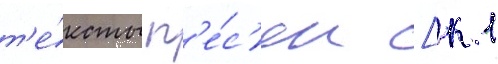
т'е́ксты п'е́с'ен [к 1